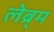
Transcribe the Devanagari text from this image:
लेब्र्म